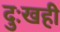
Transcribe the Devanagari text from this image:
दुःखही